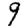
Digit: 9